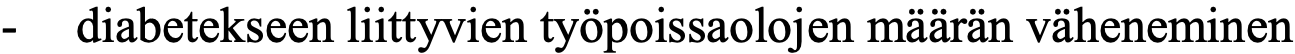
-  diabetekseen liittyvien työpoissaolojen määrän väheneminen